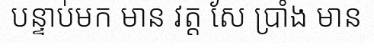
បន្ទាប់មក មាន វត្ត សែ ប្រាំង មាន